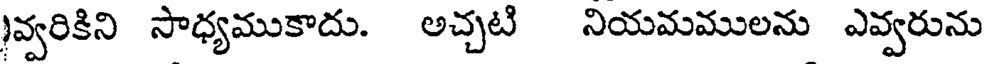
)వ్వరికిని సాధ్యముకాదు. అచ్చటి నియమములను ఎవ్వరును